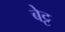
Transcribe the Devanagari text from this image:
बेट्ट